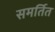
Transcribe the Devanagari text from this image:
समर्तित